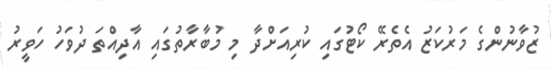
ޒުވާނުންގެ މަރުކަޒު އެތެރޭ ކޯޓުގައި ކުރިއަށްދާ މި މުބާރާތުގައި އާދިއްތަ ދުވަހު ހަވީރު